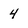
Character: 4